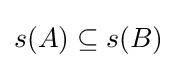
s(A)\subseteq s(B)